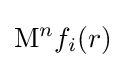
\mathrm {M} ^{n}f_{i}(r)